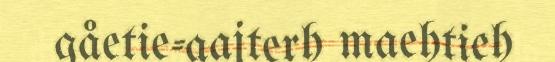
gåetie-aajterh maehtieh